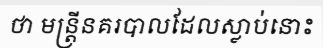
ថា មន្ត្រីនគរបាលដែលស្លាប់នោះ